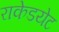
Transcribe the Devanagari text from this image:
राकेडयेट